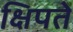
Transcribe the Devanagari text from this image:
क्षिपते